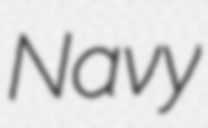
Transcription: Navy